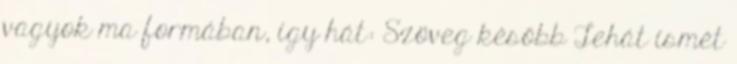
vagyok ma formában, így hát: Szöveg később Tehát ismét